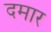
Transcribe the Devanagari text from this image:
दमार